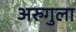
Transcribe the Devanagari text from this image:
अरुगुला